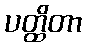
ပတ္ထိတာ